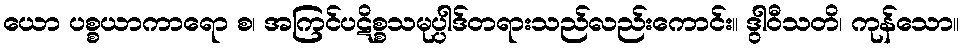
ယော ပစ္စယာကာရော စ၊ အကြင်ပဋိစ္စသမုပ္ပါဒ်တရားသည်လည်းကောင်း။ ဒွါဝီသတိ၊ ကုန်သော။